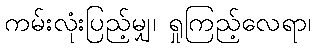
ကမ်းလုံးပြည့်မျှ၊ ရှုကြည့်လေရာ၊